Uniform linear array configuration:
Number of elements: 24
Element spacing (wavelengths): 1
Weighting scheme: kaiser
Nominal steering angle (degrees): -60
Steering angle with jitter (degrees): -61.808
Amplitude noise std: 0.05
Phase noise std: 0.05

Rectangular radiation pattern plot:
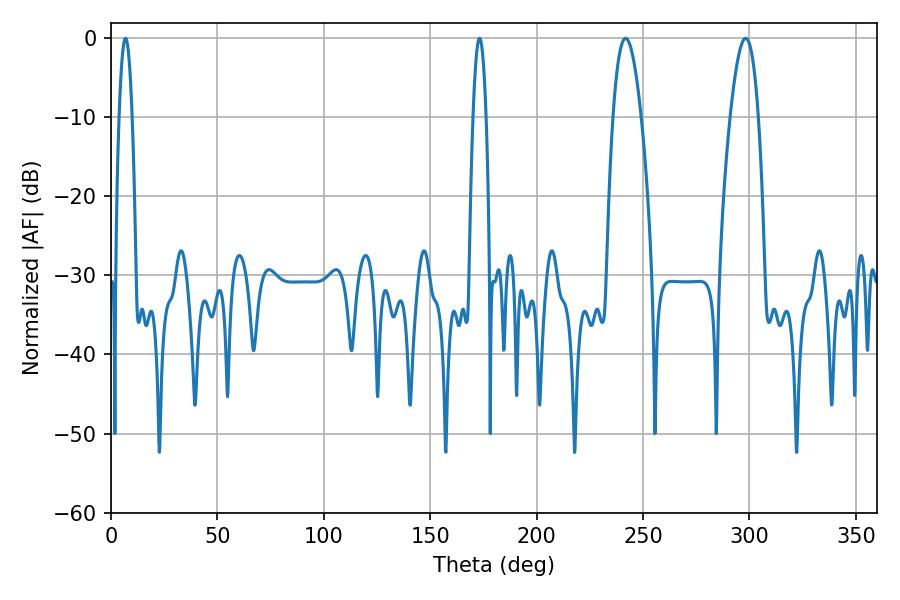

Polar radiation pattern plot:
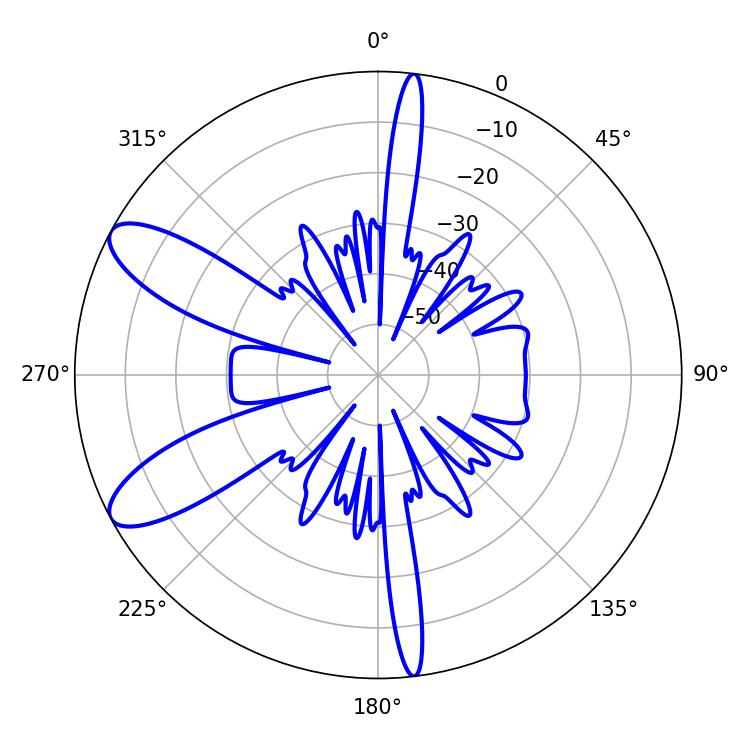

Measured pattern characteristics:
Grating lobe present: TRUE
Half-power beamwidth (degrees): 3.24
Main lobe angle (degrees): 6.84